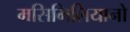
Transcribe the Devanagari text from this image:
मसिमिलियानो